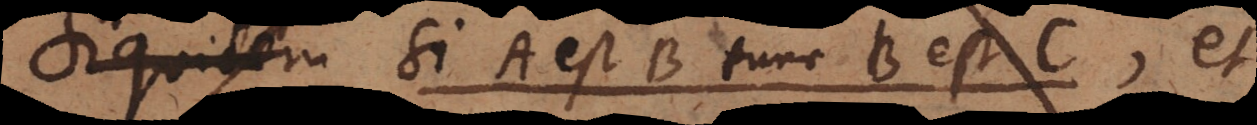
Si A est B tunc B est C, et